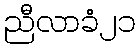
ညီလာခံ၂၁